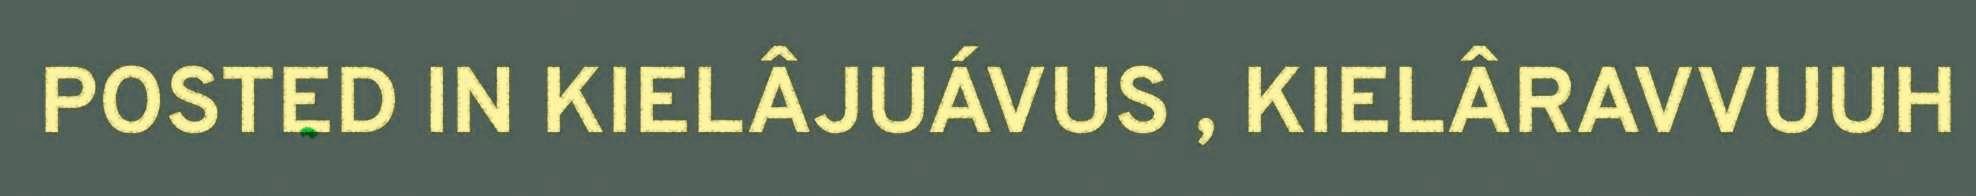
POSTED IN KIELÂJUÁVUS , KIELÂRAVVUUH